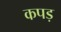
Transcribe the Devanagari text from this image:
कपड़